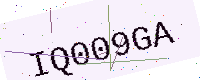
Text: IQ009GA